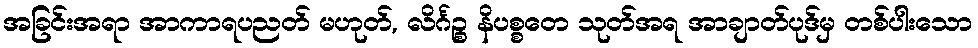
အခြင်းအရာ အာကာရပညတ် မဟုတ်, လိင်္ဂဉ္စ နိပစ္စတေ သုတ်အရ အာချာတ်ပုဒ်မှ တစ်ပါးသော